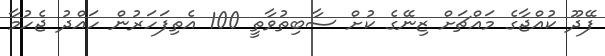
ފޭދޫ ކުއްޖާގެ މައްޗަށް ޒިނޭގެ ކުށް ސާބިތުވާތީ 100 އެތިފަހަރުން ހައްދު ޖެހުމާ